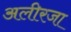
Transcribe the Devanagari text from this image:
अलीरजा